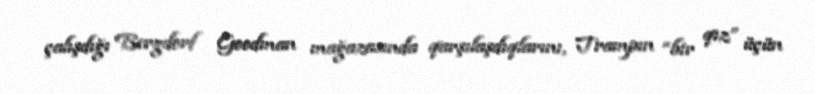
çalışdığı Bergdorf Goodman mağazasında qarşılaşdıqlarını, Trampın “bir qız” üçün